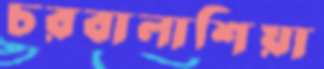
চরবালাশিয়া